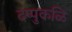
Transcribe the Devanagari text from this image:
दप्पुकळि